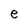
Character: e